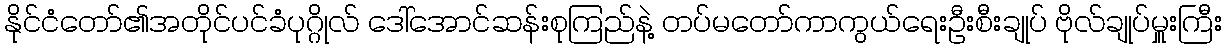
နိုင်ငံတော်၏အတိုင်ပင်ခံပုဂ္ဂိုလ် ဒေါ်အောင်ဆန်းစုကြည်နဲ့ တပ်မတော်ကာကွယ်ရေးဦးစီးချုပ် ဗိုလ်ချုပ်မှူးကြီး